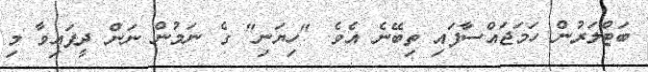
ބަޓްލަރުން ހަމަޖައްސާފައި ތިބޭނެ އެވެ. "ހިޔަނި" ގެ ނަމުން ނަން ދީފައިވާ މި